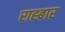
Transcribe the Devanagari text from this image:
राह्बार